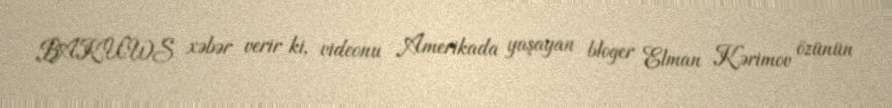
BAKU.WS xəbər verir ki, videonu Amerikada yaşayan bloger Elman Kərimov özünün